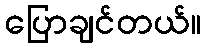
ပြောချင်တယ်။